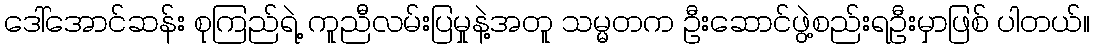
ဒေါ်အောင်ဆန်း စုကြည်ရဲ့ ကူညီလမ်းပြမှုနဲ့အတူ သမ္မတက ဦးဆောင်ဖွဲ့စည်းရဦးမှာဖြစ် ပါတယ်။